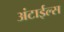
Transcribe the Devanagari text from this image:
अंटाईल्स